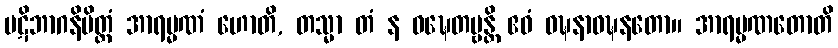
ပဋိဘာဂနိမိတ္တံ အာရမ္မဏံ ဟောတိ, တသ္မာ တံ န ဝဍ္ဎေတဗ္ဗန္တိ ဧဝံ ဝဍ္ဎနာဝဍ္ဎနတော။ အာရမ္မဏတောတိ